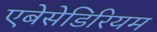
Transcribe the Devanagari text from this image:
एबेसेडिरियम